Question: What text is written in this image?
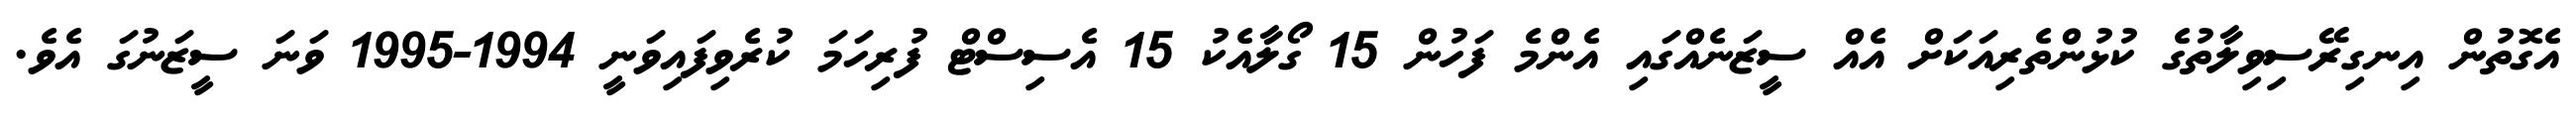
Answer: އެގޮތުން އިނގިރޭސިވިލާތުގެ ކުޅުންތެރިއަކަށް އެއް ސީޒަނެއްގައި އެންމެ ފަހުން 15 ގޯލާއެކު 15 އެސިސްޓް ފުރިހަމަ ކުރެވިފައިވަނީ 1994-1995 ވަނަ ސީޒަނުގަ އެވެ.